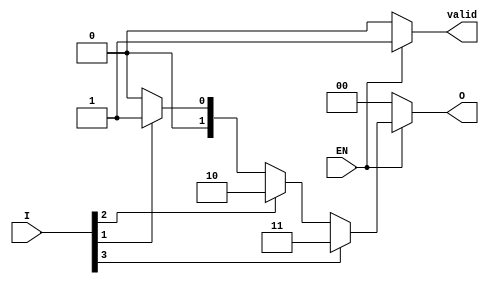
module one_of_n_encoder #(
    parameter N = 4 // Number of inputs (must be a power of 2)
)(
    input wire [N-1:0] I, // N input lines
    input wire EN,        // Enable signal
    output reg [$clog2(N)-1:0] O, // log2(N) output lines
    output reg valid      // Indicates if the output is valid
);

    integer i;

    always @(*) begin
        if (!EN) begin
            O = 0;         // Default state when EN is low
            valid = 0;     // Output is not valid
        end else begin
            valid = 1;     // Output is valid
            O = 0;         // Default output
            for (i = 0; i < N; i = i + 1) begin
                if (I[i]) begin
                    O = i[$clog2(N)-1:0]; // Set output to the index of the active input
                end
            end
        end
    end

endmodule